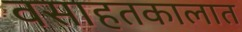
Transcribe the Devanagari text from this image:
वसाहतकालात